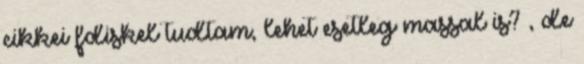
cikkei fdiskel tudtam, lehet esetleg massal is? , de